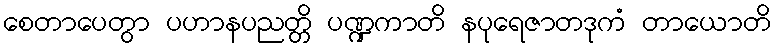
စေတာပေတွာ ပဟာနပညတ္တိ ပဏ္ဍကာတိ နပုရေဇာတဒုကံ တာယောတိ